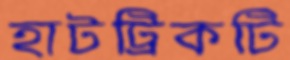
হাটট্রিকটি